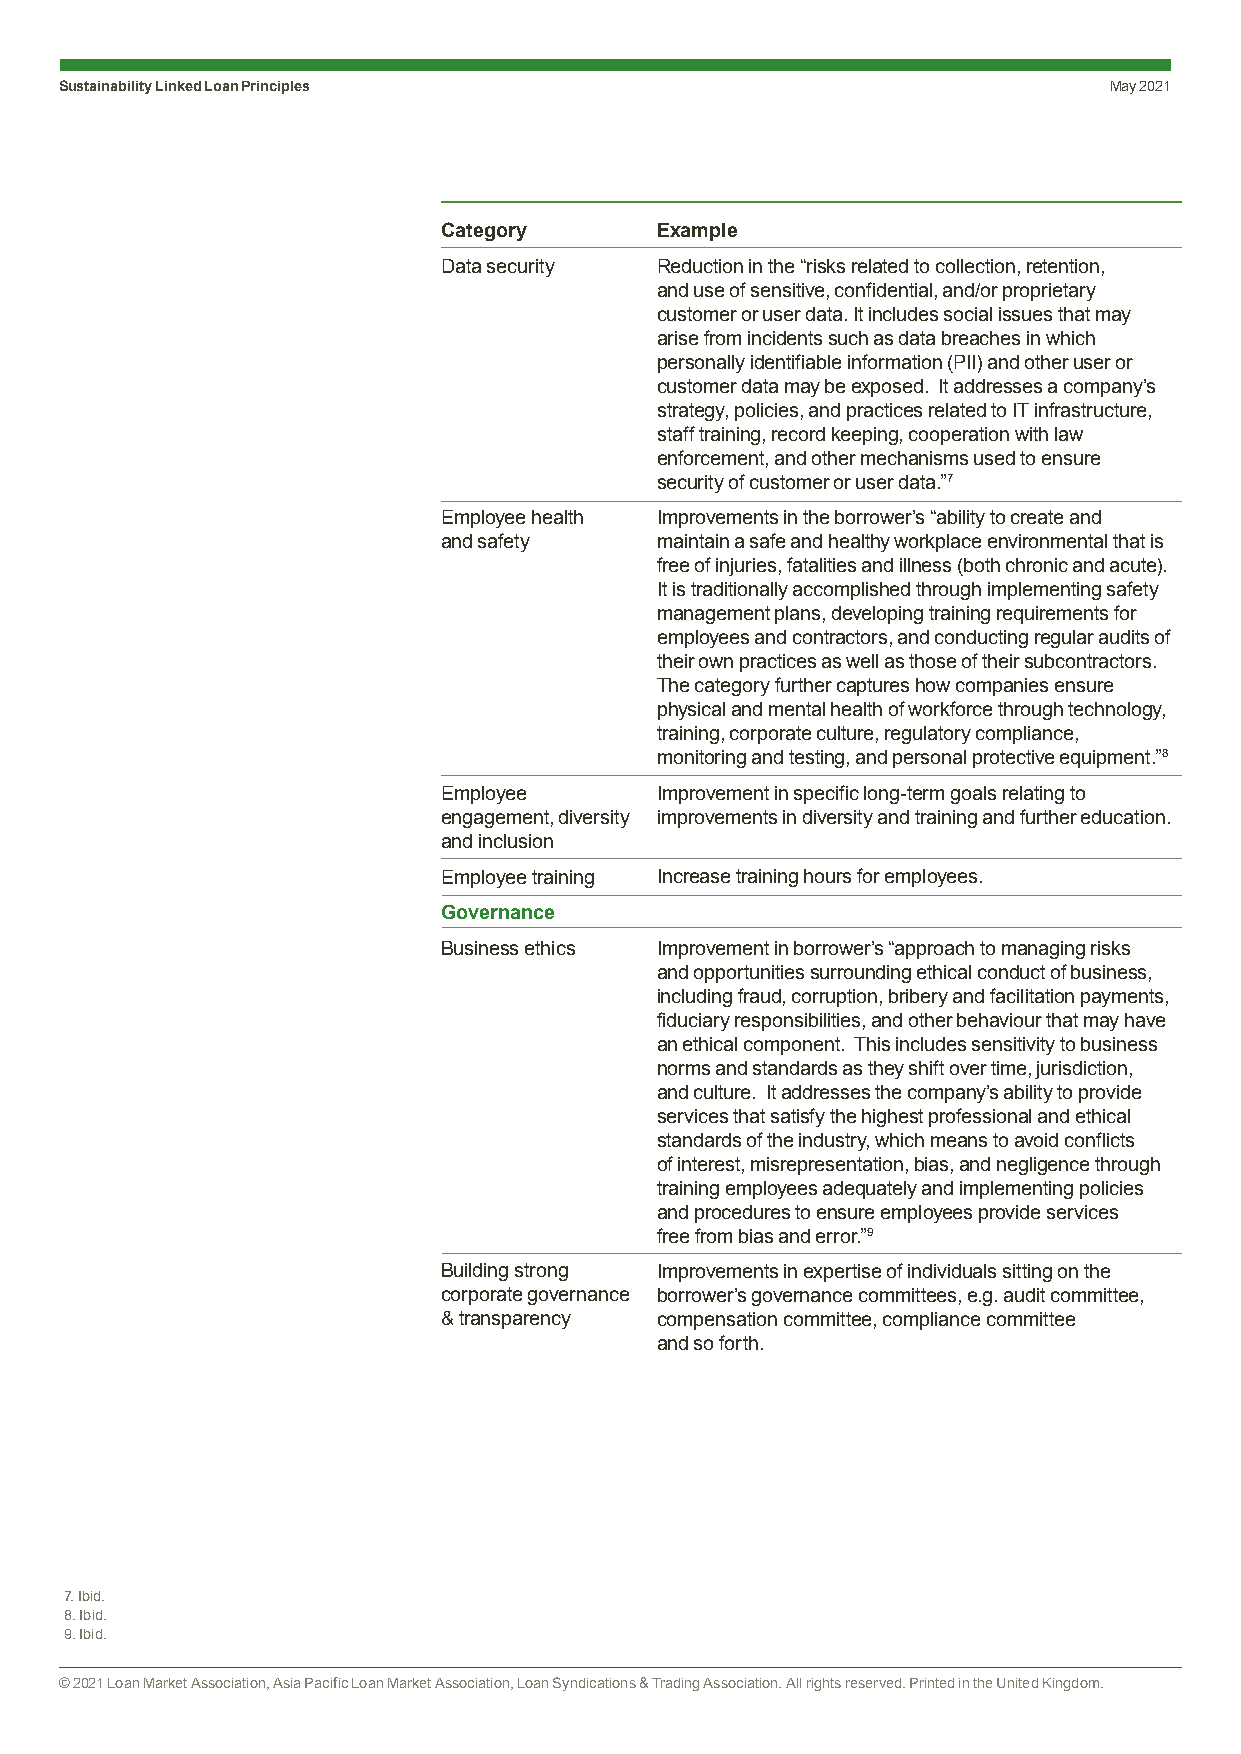
Sustainability Linked Loan Principles                                May 2021
 Category      Example
 Data security Reduction in the “risks related to collection, retention,
 and use of sensitive, confidential, and/or proprietary
 customer or user data. It includes social issues that may
 arise from incidents such as data breaches in which
 personally identifiable information (PII) and other user or
 customer data may be exposed. It addresses a company’s
 strategy, policies, and practices related to IT infrastructure,
 staff training, record keeping, cooperation with law
 enforcement, and other mechanisms used to ensure
 security of customer or user data.”7
 Employee health Improvements in the borrower’s “ability to create and
 and safety    maintain a safe and healthy workplace environmental that is
 free of injuries, fatalities and illness (both chronic and acute).
 It is traditionally accomplished through implementing safety
 management plans, developing training requirements for
 employees and contractors, and conducting regular audits of
 their own practices as well as those of their subcontractors.
 The category further captures how companies ensure
 physical and mental health of workforce through technology,
 training, corporate culture, regulatory compliance,
 monitoring and testing, and personal protective equipment.”8
 Employee      Improvement in specific long-term goals relating to
 engagement, diversity improvements in diversity and training and further education.
 and inclusion
 Employee training Increase training hours for employees.
 Governance
 Business ethics Improvement in borrower’s “approach to managing risks
 and opportunities surrounding ethical conduct of business,
 including fraud, corruption, bribery and facilitation payments,
 fiduciary responsibilities, and other behaviour that may have
 an ethical component. This includes sensitivity to business
 norms and standards as they shift over time, jurisdiction,
 and culture. It addresses the company’s ability to provide
 services that satisfy the highest professional and ethical
 standards of the industry, which means to avoid conflicts
 of interest, misrepresentation, bias, and negligence through
 training employees adequately and implementing policies
 and procedures to ensure employees provide services
 free from bias and error.”9
 Building strong Improvements in expertise of individuals sitting on the
 corporate governance borrower’s governance committees, e.g. audit committee,
 & transparency compensation committee, compliance committee
 and so forth.
 7. Ibid.
 8. Ibid.
 9. Ibid.
 © 2021 Loan Market Association, Asia Pacific Loan Market Association, Loan Syndications & Trading Association. All rights reserved. Printed in the United Kingdom.